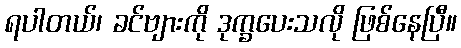
ရပါတယ်၊ ခင်ဗျားကို ဒုက္ခပေးသလို ဖြစ်နေပြီ။